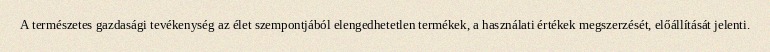
A természetes gazdasági tevékenység az élet szempontjából elengedhetetlen termékek, a használati értékek megszerzését, előállítását jelenti.